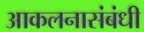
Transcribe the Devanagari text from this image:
आकलनासंबंधी